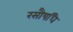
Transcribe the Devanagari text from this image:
रसौषधि